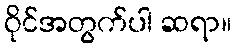
ဝိုင်အတွက်ပါ ဆရာ။